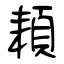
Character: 頛